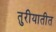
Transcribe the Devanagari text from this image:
तुरीयातीत